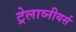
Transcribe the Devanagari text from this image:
ट्रेलाव्नीयर्स